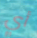
أي